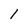
Character: 1